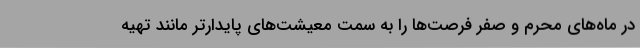
در ماه‌های محرم و صفر فرصت‌ها را به سمت معیشت‌های پایدارتر مانند تهیه